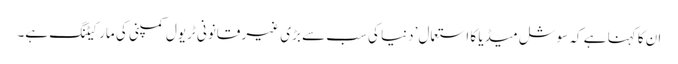
ان کا کہنا ہے کہ سوشل میڈیا کا استعمال ’دنیا کی سب سے بڑی غیر قانونی ٹریول کمپنی کی مارکیٹنگ ہے۔